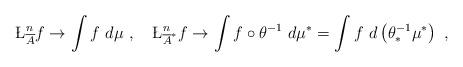
LaTeX: \begin{align*}\L^n_{\overline{A}} f \to \int f \ d\mu \ , \ \ \ \L^n_{\overline{A}^*} f \to \int f \circ \theta^{-1} \ d\mu^* = \int f \ d \left( \theta^{-1}_* \mu^* \right) \ ,\end{align*}